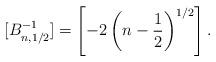
LaTeX: \begin{gather*} [B^{-1}_{n, 1/2}] = \left[-2\left(n-\frac{1}{2}\right)^{1/2}\right]. \end{gather*}